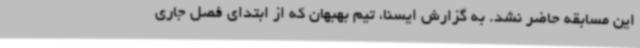
این مسابقه حاضر نشد. به گزارش ایسنا، تیم بهبهان که از ابتدای فصل جاری